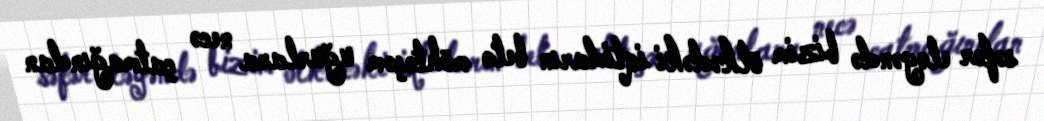
səfər eləyəndə bizim ölkədəki iqtidarın belə möhtəşəm uğurlara necə çatmağından